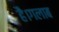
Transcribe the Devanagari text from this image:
है।गलाब